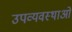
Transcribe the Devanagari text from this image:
उपव्यवस्थाओं